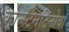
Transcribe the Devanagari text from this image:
कोन्स्टेनटिनोवा